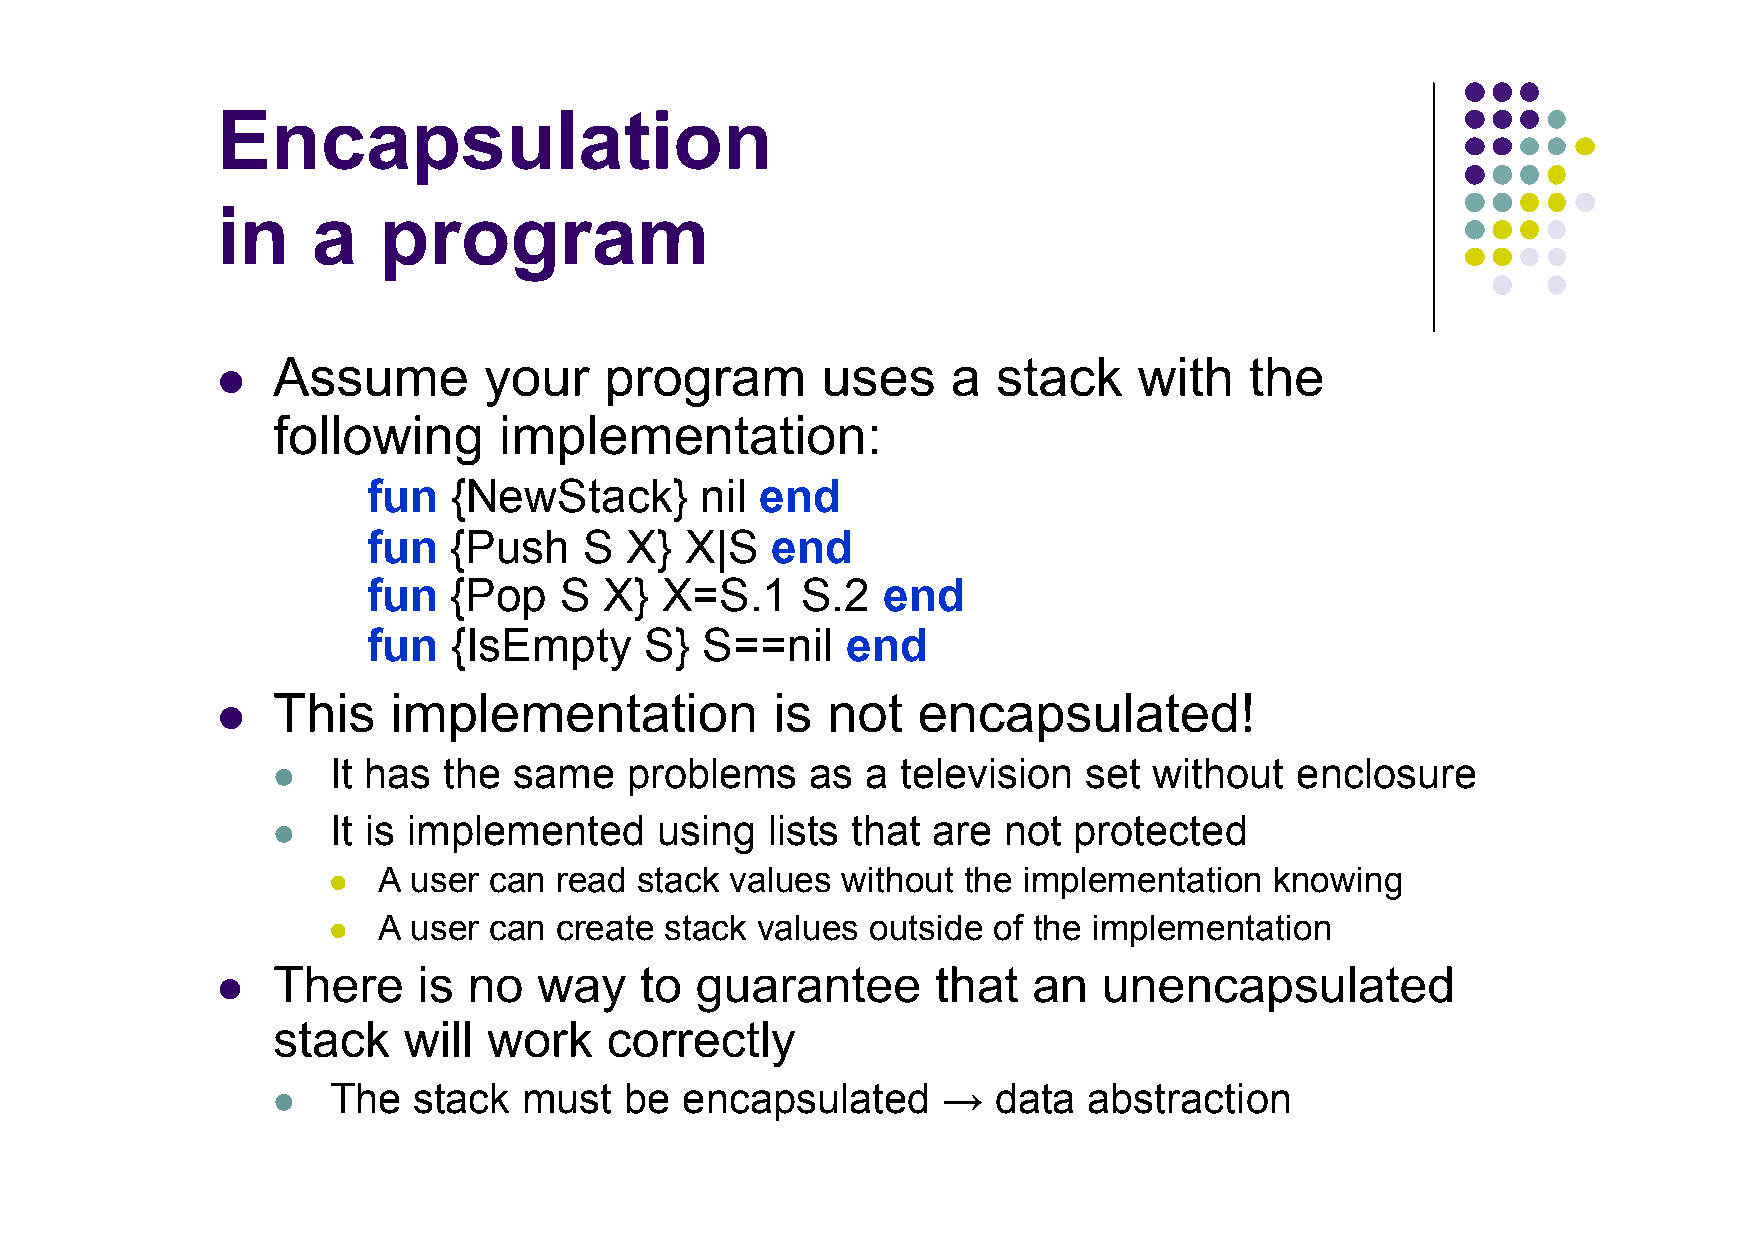
Encapsulation
 in     a   program
 Assume        your    program       uses     a  stack    with    the
 l
 following      implementation:
 fun   {NewStack}      nil end
 fun   {Push    S X}  X|S   end
 fun   {Pop   S  X}  X=S.1    S.2  end
 fun   {IsEmpty     S}  S==nil   end
 This    implementation           is  not   encapsulated!
 l
 It has the  same   problems     as a  television  set without   enclosure
 l
 It is implemented    using   lists that are not  protected
 l
 A user can  read stack values  without the implementation  knowing
 l
 A user can  create stack values  outside of the implementation
 l
 There     is no   way   to  guarantee       that  an   unencapsulated
 l
 stack    will work    correctly
 The  stack   must  be  encapsulated     →   data  abstraction
 l